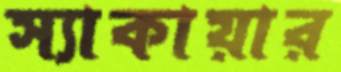
স্যাকায়ার